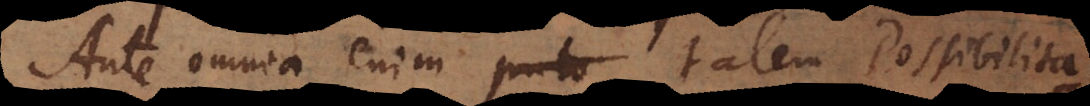
Ante omnia enim puto talem Possibilita